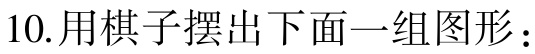
10.用棋子摆出下面一组图形：